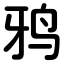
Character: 鸦